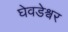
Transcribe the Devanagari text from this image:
घेवडेश्वर